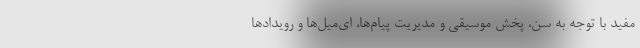
مفید با توجه به سن، پخش موسیقی و مدیریت پیام‌ها، ای‌میل‌ها و رویدادها